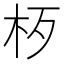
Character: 𱣁